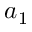
a _ { 1 }